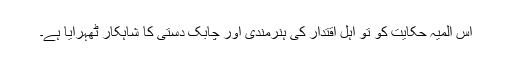
اس المیہ حکایت کو تو اہل اقتدار کی ہنرمندی اور چابک دستی کا شاہکار ٹھہرایا ہے۔